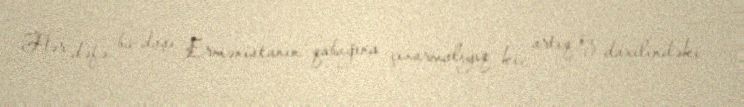
Hər dəfə bu daşı Ermənistanın qabağına çıxarmalıyıq ki, artıq öz daxilindəki